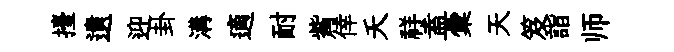
擡遺迎卦溝適耐觜倖夭祥盍彙天笈詣师